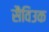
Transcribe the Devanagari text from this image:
सैविउक